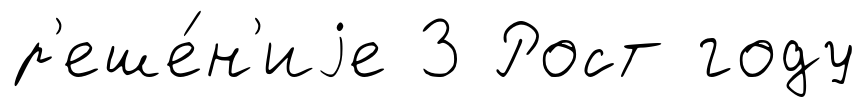
р'еше́н'иjе 3 Рост году